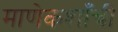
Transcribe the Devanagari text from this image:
माणेकशाँची